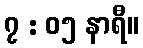
၇ : ၀၅ နာရီ။